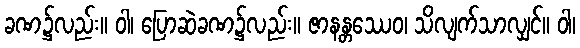
ခဏ၌လည်း။ ဝါ၊ ပြောဆဲခဏ၌လည်း။ ဇာနန္တဿေဝ၊ သိလျက်သာလျှင်။ ဝါ၊